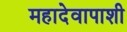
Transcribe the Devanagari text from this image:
महादेवापाशी